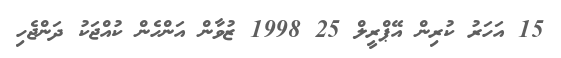
15 އަހަރު ކުރިން އޭޕްރީލް 25 1998 ޒުވާން އަންހެން ކުއްޖަކު ދަންޖެހި